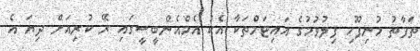
ތަފާތު މުނިފޫހި ފިލުވުމުގެ އައިޓަމްތަކާ އެކު އެމްއެންބީސީގައި ރޭ ކުރިއަށް ދިޔަ އެ